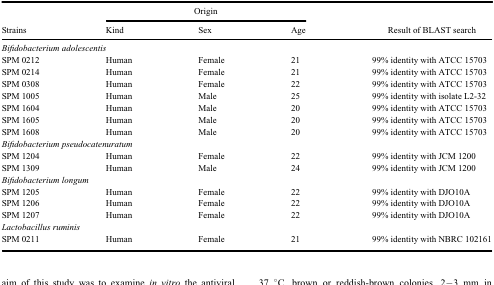
<table><thead><tr><td><b> </b></td><td colspan="3"><b>Origin</b></td><td><b> </b></td></tr><tr><td><b>Strains</b></td><td><b>Kind</b></td><td><b>Sex</b></td><td><b>Age</b></td><td><b>Result of BLAST search</b></td></tr></thead><tbody><tr><td colspan="5"><i>Bifidobacterium adolescentis</i></td></tr><tr><td>SPM 0212</td><td>Human</td><td>Female</td><td>21</td><td>99% identity with ATCC 15703</td></tr><tr><td>SPM 0214</td><td>Human</td><td>Female</td><td>21</td><td>99% identity with ATCC 15703</td></tr><tr><td>SPM 0308</td><td>Human</td><td>Female</td><td>22</td><td>99% identity with ATCC 15703</td></tr><tr><td>SPM 1005</td><td>Human</td><td>Male</td><td>25</td><td>99% identity with isolate L2-32</td></tr><tr><td>SPM 1604</td><td>Human</td><td>Male</td><td>20</td><td>99% identity with ATCC 15703</td></tr><tr><td>SPM 1605</td><td>Human</td><td>Male</td><td>20</td><td>99% identity with ATCC 15703</td></tr><tr><td>SPM 1608</td><td>Human</td><td>Male</td><td>20</td><td>99% identity with ATCC 15703</td></tr><tr><td colspan="5"><i>Bifidobacterium pseudocatenuratum</i></td></tr><tr><td>SPM 1204</td><td>Human</td><td>Female</td><td>22</td><td>99% identity with JCM 1200</td></tr><tr><td>SPM 1309</td><td>Human</td><td>Male</td><td>24</td><td>99% identity with JCM 1200</td></tr><tr><td colspan="5"><i>Bifidobacterium longum</i></td></tr><tr><td>SPM 1205</td><td>Human</td><td>Female</td><td>22</td><td>99% identity with DJO10A</td></tr><tr><td>SPM 1206</td><td>Human</td><td>Female</td><td>22</td><td>99% identity with DJO10A</td></tr><tr><td>SPM 1207</td><td>Human</td><td>Female</td><td>22</td><td>99% identity with DJO10A</td></tr><tr><td colspan="5"><i>Lactobacillus ruminis</i></td></tr><tr><td>SPM 0211</td><td>Human</td><td>Female</td><td>21</td><td>99% identity with NBRC 102161</td></tr></tbody></table>